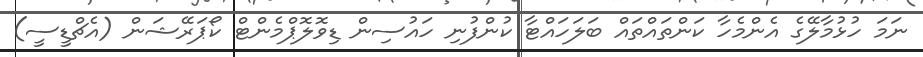
ނަމަ ހުޅުމާލޭގެ އެންމެހާ ކަންތައްތައް ބަލަހައްޓާ ކުންފުނި ހައުސިން ޑިވޮލޮޕްމެންޓް ކޯޕަރޭޝަން (އެޗްޑީސީ)